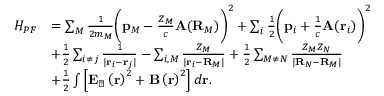
\begin{array} { r l } { H _ { P F } } & { = \sum _ { M } \frac { 1 } { 2 m _ { M } } \bigg ( \mathbf { p } _ { M } - \frac { Z _ { M } } { c } \mathbf { A } ( \mathbf { R } _ { M } ) \bigg ) ^ { 2 } + \sum _ { i } \frac { 1 } { 2 } \bigg ( \mathbf { p } _ { i } + \frac { 1 } { c } \mathbf { A } ( \mathbf { r } _ { i } ) \bigg ) ^ { 2 } } \\ & { + \frac { 1 } { 2 } \sum _ { i \neq j } \frac { 1 } { | \mathbf { r } _ { i } - \mathbf { r } _ { j } | } - \sum _ { i , M } \frac { Z _ { M } } { | \mathbf { r } _ { i } - \mathbf { R } _ { M } | } + \frac { 1 } { 2 } \sum _ { M \neq N } \frac { Z _ { M } Z _ { N } } { | \mathbf { R } _ { N } - \mathbf { R } _ { M } | } } \\ & { + \frac { 1 } { 2 } \int \left[ \mathbf { E } _ { \perp } \left( \mathbf { r } \right) ^ { 2 } + \mathbf { B } \left( \mathbf { r } \right) ^ { 2 } \right] d \mathbf { r } . } \end{array}